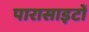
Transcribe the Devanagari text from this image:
पारासाइटों